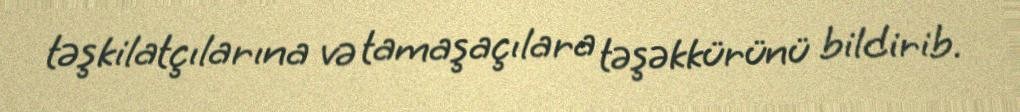
təşkilatçılarına və tamaşaçılara təşəkkürünü bildirib.